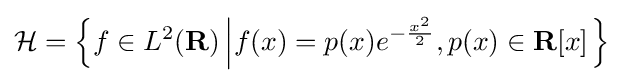
{\mathcal {H}}=\left\{f\in L^{2}(\mathbf {R} )\left|f(x)=p(x)e^{-{\frac {x^{2}}{2}}},p(x)\in \mathbf {R} [x]\right.\right\}